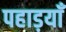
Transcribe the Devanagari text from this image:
पहाड़याँ